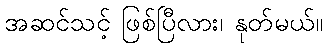
အဆင်သင့် ဖြစ်ပြီလား၊ နုတ်မယ်။